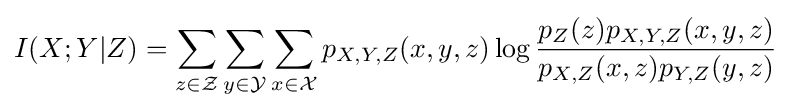
I(X;Y|Z)=\sum _{z\in {\mathcal {Z}}}\sum _{y\in {\mathcal {Y}}}\sum _{x\in {\mathcal {X}}}p_{X,Y,Z}(x,y,z)\log {\frac {p_{Z}(z)p_{X,Y,Z}(x,y,z)}{p_{X,Z}(x,z)p_{Y,Z}(y,z)}}